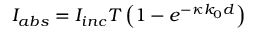
I _ { a b s } = I _ { i n c } T \left( 1 - e ^ { - \kappa k _ { 0 } d } \right)